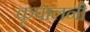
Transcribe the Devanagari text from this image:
कृपालनी